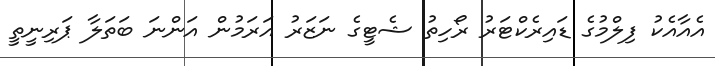
އެއާއެކު ފިލްމުގެ ޑައިރެކްޓަރު ރޯހިތު ޝެޓީގެ ނަޒަރު އަރަމުން އަންނަ ބަތަލާ ޕަރިނީތީ